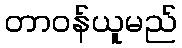
တာဝန်ယူမည်